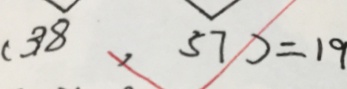
( 3 8 , 5 7 ) = 1 9